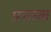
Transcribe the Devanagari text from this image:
प्रसाक